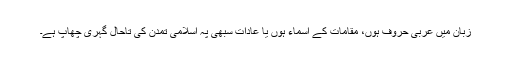
زبان میں عربی حروف ہوں، مقامات کے اسماء ہوں یا عادات سبھی پہ اسلامی تمدن کی تاحال گہری چھاپ ہے۔